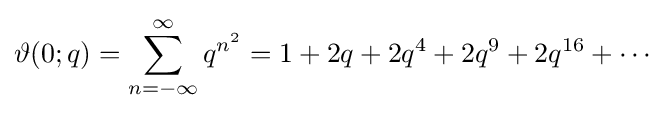
\vartheta (0;q)=\sum _{n=-\infty }^{\infty }q^{n^{2}}=1+2q+2q^{4}+2q^{9}+2q^{16}+\cdots